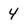
Character: 4